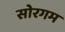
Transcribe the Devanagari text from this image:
सोरगम